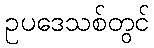
ဥပဒေသစ်တွင်